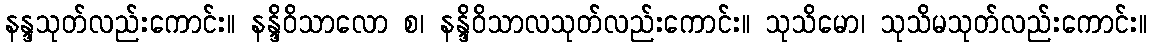
နန္ဒသုတ်လည်းကောင်း။ နန္ဒိဝိသာလော စ၊ နန္ဒိဝိသာလသုတ်လည်းကောင်း။ သုသိမော၊ သုသိမသုတ်လည်းကောင်း။